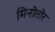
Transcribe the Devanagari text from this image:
मिनोतोर